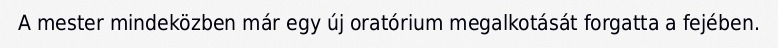
A mester mindeközben már egy új oratórium megalkotását forgatta a fejében.